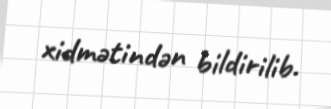
xidmətindən bildirilib.